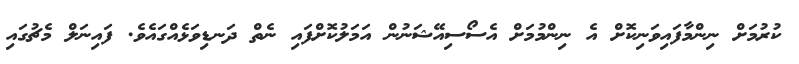
ކުރުމަށް ނިންމާފައިވަނިކޮށް އެ ނިންމުމަށް އެސޯސިއޭޝަނުން އަމަލުކޮށްފައި ނެތް ދަނޑިވަޅެއްގައެވެ. ފައިނަލް މެޗުގައި